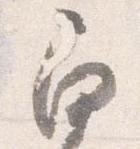
角